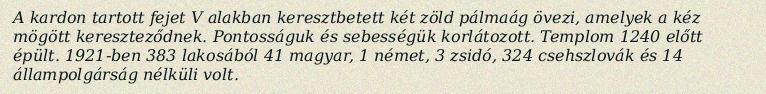
A kardon tartott fejet V alakban keresztbetett két zöld pálmaág övezi, amelyek a kéz mögött kereszteződnek. Pontosságuk és sebességük korlátozott. Templom 1240 előtt épült. 1921-ben 383 lakosából 41 magyar, 1 német, 3 zsidó, 324 csehszlovák és 14 állampolgárság nélküli volt.